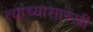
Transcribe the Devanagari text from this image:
त्यांच्यासारखी